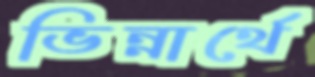
ভিন্নার্থে